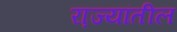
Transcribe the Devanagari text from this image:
रा़ज्यांतील